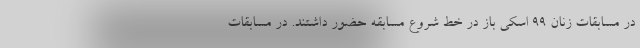
در مسابقات زنان ۹۹ اسکی باز در خط شروع مسابقه حضور داشتند. در مسابقات